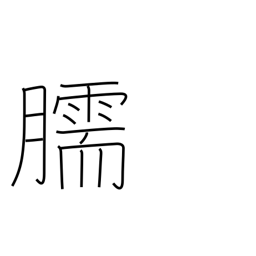
Meaning: shin